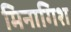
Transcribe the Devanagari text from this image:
मिनागिश